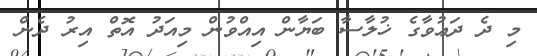
މި ދެ ދަޢުވާގެ ޚުލާސާ ބަޔާން އިއްވުން މިއަދު އޮތް އިރު ދެން